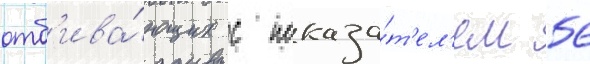
отб'ива́ющих с показа́т'ел'ем 56